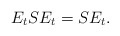
\begin{align*}E_t{S}E_t=SE_t.\end{align*}